system: You are a helpful assistant.
user:
Analyze the provided spectrum to determine if it is a **"Cataclysmic Variables (CV)"**.

- **Key Indicators for CV (Check for either state):**
    - **State 1: Quiescent / Low-State (Emission-Dominated)**
        - **(Primary):** Strong and *very broad* Hydrogen Balmer emission lines (e.g., $H\alpha$ at 6563 Å, $H\beta$ at 4861 Å). The 'broadness' (high velocity dispersion, often FWHM > 1000 km/s) is the key diagnostic, indicating a high-velocity accretion disk.
        - **(Secondary):** Broad neutral Helium (He I) emission lines (e.g., 5876 Å, 6678 Å).
        - **(Key Confirmation):** Presence of high-excitation *ionized* Helium (He II) emission at 4686 Å. This is a strong indicator of accretion onto a white dwarf.
        - **(Line Profile):** Emission lines may exhibit a 'double-peaked' profile, which is a classic signature of a rotating accretion disk viewed at high inclination.

    - **State 2: Outburst / High-State (Absorption-Dominated)**
        - **(Primary):** Spectrum is dominated by a bright, blue continuum (looks like a hot star).
        - **(Secondary):** The emission lines from State 1 are weak, absent, or 'filled in', and are replaced by broad, shallow *absorption* lines (primarily Balmer and He I).
        - **(Morphology):** The overall spectrum mimics a hot B/A-type star. The crucial difference is that the absorption lines are significantly broader, shallower, and more 'washed-out' (or 'smeared') than the sharp lines of a normal stellar photosphere, due to high rotational speeds and pressure broadening in the disk.

Think first, call **spectral_visualization_tool** if needed to examine features in detail, then provide your final answer. Your response must adhere to the following strict rules:
1.  **Overall Structure:** Your response must follow the format `<think>...</think> <tool_call>...</tool_call> (if a tool is used) <answer>...</answer>`.
2.  **Tool Usage Constraint:** You may only make **one** tool call per turn.
3.  **Final Answer Format:** In the `<answer>` tag, your conclusion must be inside a `\boxed{}` command (e.g., `\boxed{YES}`), followed by your justification.

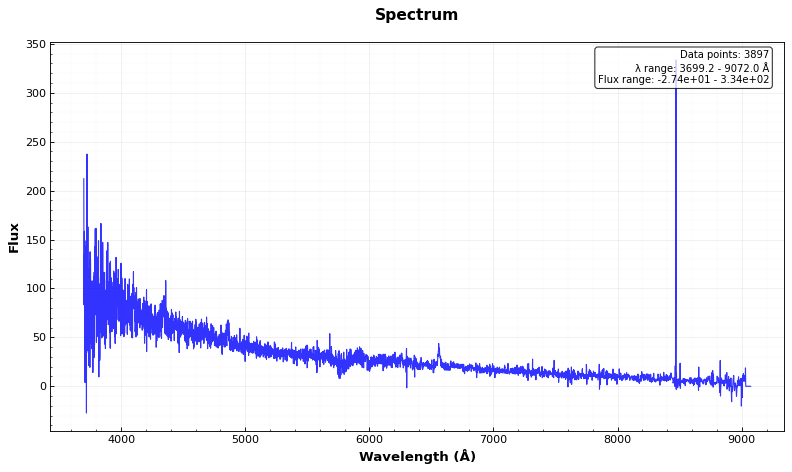
Answer: YES